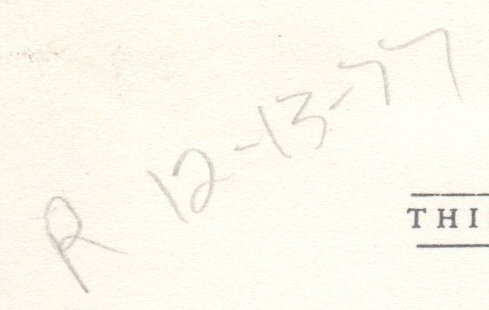
R 12-13-77